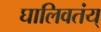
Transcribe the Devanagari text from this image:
घालिवतंय्